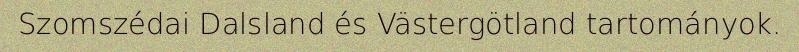
Szomszédai Dalsland és Västergötland tartományok.